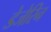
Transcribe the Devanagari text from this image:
डेजेरिन